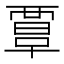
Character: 𧟹